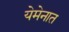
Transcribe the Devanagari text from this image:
येमेनात